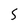
Character: 5